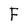
Character: F